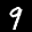
Label: 9